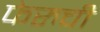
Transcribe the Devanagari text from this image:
फेरुची